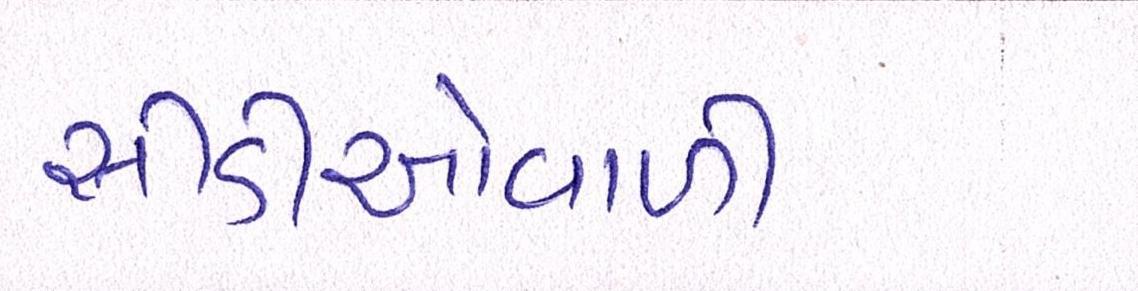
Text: સીડીઓવાળી